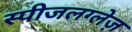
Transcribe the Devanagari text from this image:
स्पीजलग्लेज़